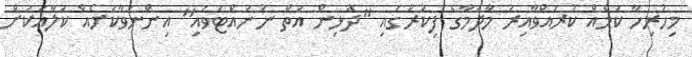
މިހުރިހާ ކަމެއް ކުރައްވާއިރު މާދަމާގެ ފިކުރުގައި "ދޮޅިން އަތް ނުނައްޓަވައި" އިންނަވާކަށެއް ކަލާއަކަށް